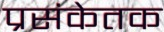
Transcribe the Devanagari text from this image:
प्रसंकेतक